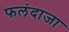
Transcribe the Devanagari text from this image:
फलंदाजा